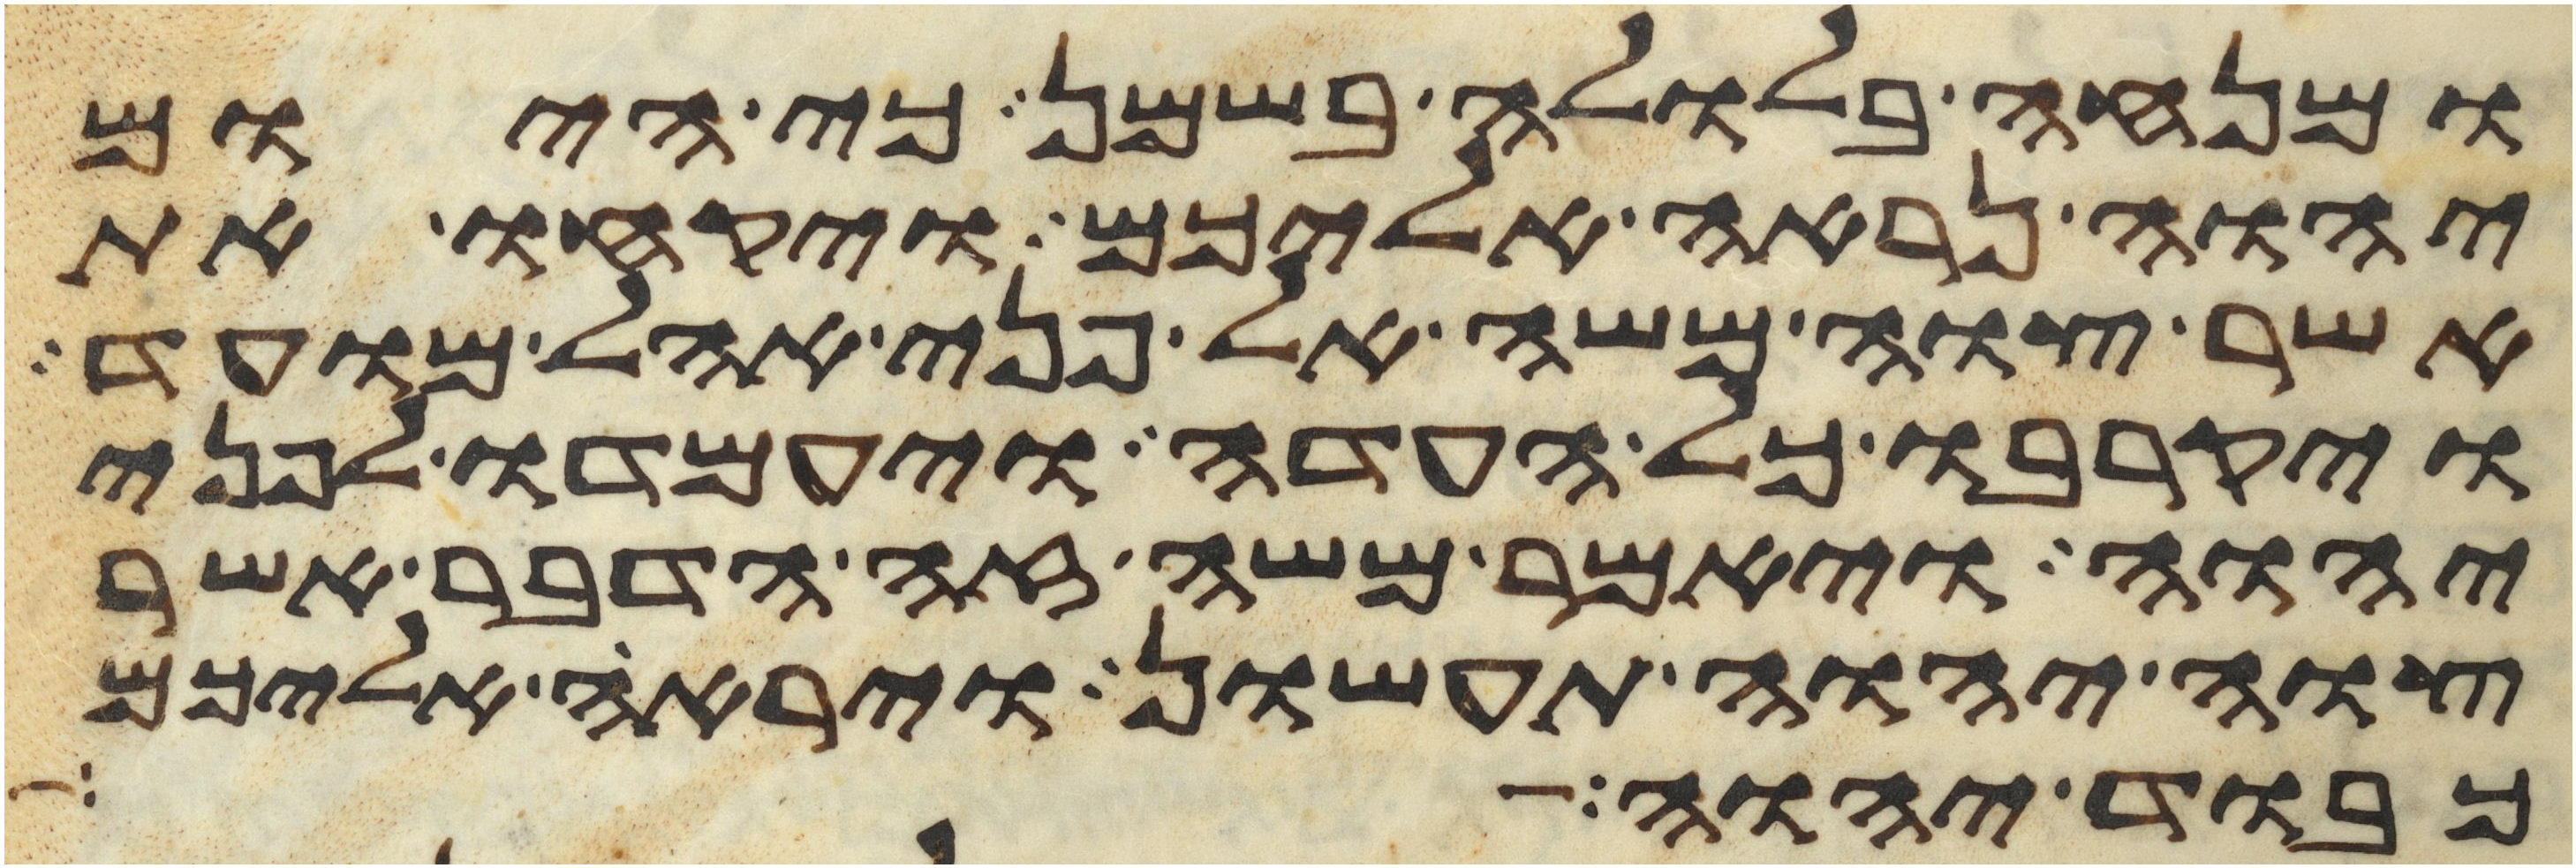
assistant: ומנחה בלולה בשמן כי היום
יהוה נראה אליכם ויקחו את
אשר צוה משה אל פני אהל מועד
ויקרבו כל העדה ויעמדו לפני
יהוה ויאמר משה זה הדבר אשר
צוה יהוה תעשון ויראה אליכם
כבוד יהוה